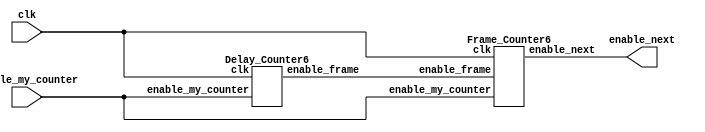

module counter_5sec(input clk, input enable_my_counter, output enable_next);
		
		wire enable_frame;
		Delay_Counter6 d0(clk, enable_my_counter, enable_frame);
		Frame_Counter6 f0(clk, enable_my_counter, enable_frame, enable_next);
		
endmodule

module Delay_Counter6(input clk, input enable_my_counter, output reg enable_frame);
		reg [19:0] delay_counter = 20'b0;
		always @(posedge clk) begin
			if (enable_my_counter) begin
				if (delay_counter == 20'd833334) begin  //11001011011100110110 8333334  //11001011011100110101 8333333
					delay_counter <= 20'b0;
					enable_frame <= 1;
				end
			
				else begin
					delay_counter <= delay_counter + 1'b1;
					enable_frame <= 0;
				end
			end
			
			else begin
				delay_counter <= 20'b0;
				enable_frame <= 0;
			end
			
		end
		
endmodule

module Frame_Counter6(input clk, input enable_my_counter, input enable_frame, output reg enable_next);
		reg [8:0] frame_counter = 9'b0;
		always @(posedge clk) begin
			if (enable_my_counter) begin
				if (frame_counter == 9'd300) begin
					enable_next <= 1;
					frame_counter <= 9'b0;
				end	
				
				else if (enable_frame) begin
					frame_counter <= frame_counter + 1'b1;
					enable_next <= 0;
				end
			end
			
			else begin
				frame_counter <= 9'b0;
				enable_next <= 0;
			end
			
		end
endmodule